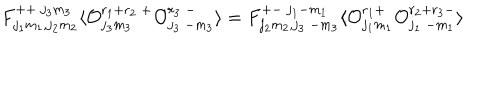
F _ { j _ { 1 } m _ { 1 } , j _ { 2 } m _ { 2 } } ^ { + + ~ j _ { 3 } m _ { 3 } } \langle { \cal O } _ { j _ { 3 } m _ { 3 } } ^ { r _ { 1 } + r _ { 2 } ~ + } { \cal O } _ { j _ { 3 } ~ { - m _ { 3 } } } ^ { r _ { 3 } ~ - } \rangle = F _ { j _ { 2 } m _ { 2 } , j _ { 3 } ~ { - m _ { 3 } } } ^ { + - ~ j _ { 1 } { - m _ { 1 } } } \langle { \cal O } _ { j _ { 1 } m _ { 1 } } ^ { r _ { 1 } + } { \cal O } _ { j _ { 1 } ~ { - m _ { 1 } } } ^ { r _ { 2 } + r _ { 3 } - } \rangle \nonumber